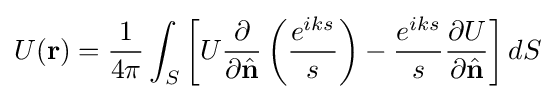
U(\mathbf {r} )={\frac {1}{4\pi }}\int _{S}\left[U{\frac {\partial }{\partial {\hat {\mathbf {n} }}}}\left({\frac {e^{iks}}{s}}\right)-{\frac {e^{iks}}{s}}{\frac {\partial U}{\partial {\hat {\mathbf {n} }}}}\right]dS